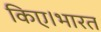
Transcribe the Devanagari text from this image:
किए।भारत